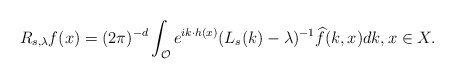
\begin{align*}R_{s,\lambda}f(x)=(2\pi)^{-d}\int_{\mathcal{O}}e^{ik\cdot h(x)}(L_{s}(k)-\lambda)^{-1}\widehat{f}(k,x)dk, x \in X.\end{align*}